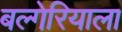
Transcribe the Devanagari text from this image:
बल्गेरियाला